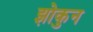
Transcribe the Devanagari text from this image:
झोकुन